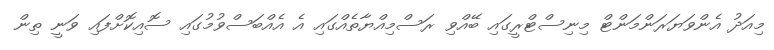
މިއަދު އެންވަޔަރަންމަންޓް މިނިސްޓްރީގައި ބޭއްވި ރަސްމިއްޔާތެއްގައި އެ އެއްބަސްވުމުގައި ސޮއިކޮށްފައި ވަނީ ތިން